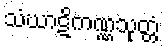
သံဃာဋိကဏ္ဏသုတ္တံ